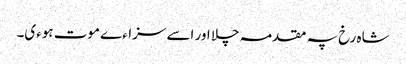
شاہ رخ پہ مقدمہ چلا اور اسے سزاءے موت ہوءی۔